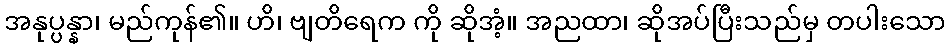
အနုပ္ပန္နာ၊ မည်ကုန်၏။ ဟိ၊ ဗျတိရေက ကို ဆိုအံ့။ အညထာ၊ ဆိုအပ်ပြီးသည်မှ တပါးသော